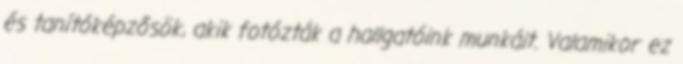
és tanítóképzősök, akik fotózták a hallgatóink munkáit. Valamikor ez